Report of veterinary surgeon J.H. Steel, A.V.D., on his investigation into an obscure and fatal disease among transport mules in British Burma
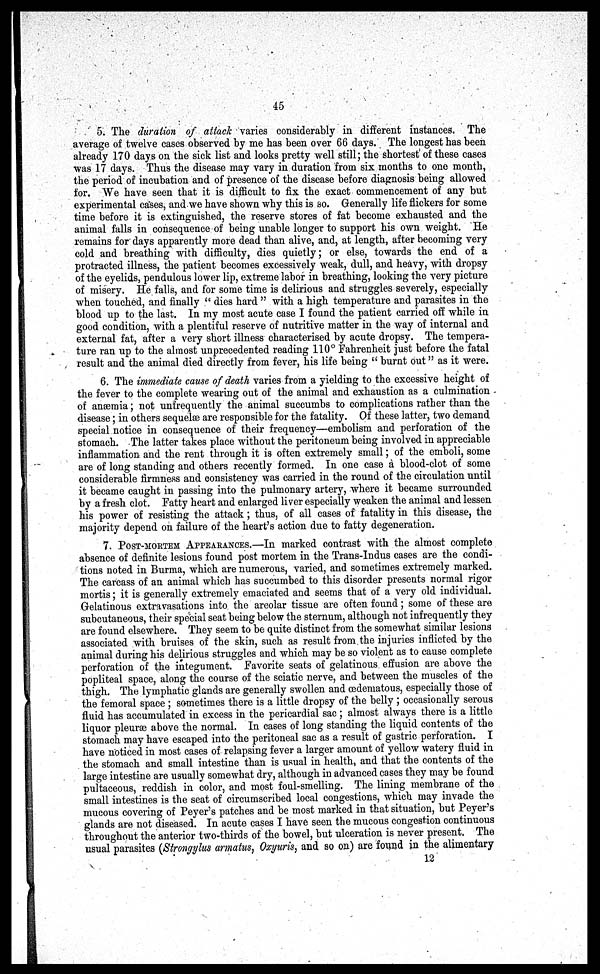
45
5. The duration of attack varies considerably in different instances. The
average of twelve cases observed by me has been over 66 days. The longest has been
already 170 days on the sick list and looks pretty well still; the shortest' of these cases
was 17 days. Thus the disease may vary in duration from six months to one month,
the period of incubation and of presence of the disease before diagnosis being allowed
for. We have seen that it is difficult to fix the exact commencement of any but
experimental cases, and we have shown why this is so. Generally life flickers for some
time before it is extinguished, the reserve stores of fat become exhausted and the
animal falls in consequence of being unable longer to support his own weight. He
remains for days apparently more dead than alive, and, at length, after becoming very
cold and breathing with difficulty, dies quietly; or else, towards the end of a
protracted illness, the patient becomes excessively weak, dull, and heavy, with dropsy
of the eyelids, pendulous lower lip, extreme labor in breathing, looking the very picture
of misery. He falls, and for some time is delirious and struggles severely, especially
when touched, and finally " dies hard " with a high temperature and parasites in the
blood up to the last. In my most acute case I found the patient carried off while in
good condition, with a plentiful reserve of nutritive matter in the way of internal and
external fat, after a very short illness characterised by acute dropsy. The tempera-
ture ran up to the almost unprecedented reading 110° Fahrenheit just before the fatal
result and the animal died directly from fever, his life being " burnt out" as it were.
6. The immediate cause of death varies from a yielding to the excessive height of
the fever to the complete wearing out of the animal and exhaustion as a culmination
of anæmia; not unfrequently the animal succumbs to complications rather than the
disease; in others sequelæ are responsible for the fatality. Of these latter, two demand
special notice in consequence of their frequency—embolism and perforation of the
stomach. The latter takes place without the peritoneum being involved in appreciable
inflammation and the rent through it is often extremely small; of the emboli, some
are of long standing and others recently formed. In one case a blood-clot of some
considerable firmness and consistency was carried in the round of the circulation until
it became caught in passing into the pulmonary artery, where it became surrounded
by a fresh clot. Fatty heart and enlarged liver especially weaken the animal and lessen
his power of resisting the attack; thus, of all cases of fatality in this disease, the
majority depend on failure of the heart's action due to fatty degeneration.
7. POST-MORTEM APPEARANCES.—In marked contrast with the almost complete
absence of definite lesions found post mortem in the Trans-Indus cases are the condi-
tions noted in Burma, which are numerous, varied, and sometimes extremely marked.
The carcass of an animal which has succumbed to this disorder presents normal rigor
mortis; it is generally extremely emaciated and seems that of a very old individual.
Gelatinous extravasations into the areolar tissue are often found; some of these are
subcutaneous, their special seat being below the sternum, although not infrequently they
are found elsewhere. They seem to be quite distinct from the somewhat similar lesions
associated with bruises of the skin, such as result from.the injuries inflicted by the
animal during his delirious struggles and which may be so violent as to cause complete
perforation of the integument. Favorite seats of gelatinous effusion are above the
popliteal space, along the course of the sciatic nerve, and between the muscles of the
thigh. The lymphatic glands are generally swollen and (edematous, especially those of
the femoral space ; sometimes there is a little dropsy of the belly ; occasionally serous
fluid has accumulated in excess in the pericardial sac ; almost always there is a little
liquor pleurae above the normal. In cases of long standing the liquid contents of the
stomach may have escaped into the peritoneal sac as a result of gastric perforation. I
have noticed in most cases of relapsing fever a larger amount of yellow watery fluid in
the stomach and small intestine than is usual in health, and that the contents of the
large intestine are usually somewhat dry, although in advanced cases they may be found
pultaceous, reddish in color, and most foul-smelling. The lining membrane of the
small intestines is the seat of circumscribed local congestions, which may invade the
mucous covering of Peyer's patches and be most marked in that situation, but Peyer's
glands are not diseased. In acute cases I have seen the mucous congestion continuous
throughout the anterior two-thirds of the bowel, but ulceration is never present. The
usual parasites (Strongylus armatus, Oxyuris, and so on) are found in the alimentary
12